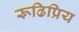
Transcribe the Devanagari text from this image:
रूढिप्रिय